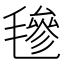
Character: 𣯶